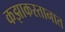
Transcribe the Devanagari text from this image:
कझाकस्तानात